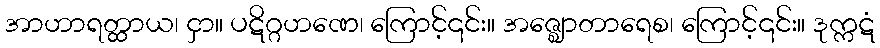
အာဟာရတ္ထာယ၊ ငှာ။ ပဋိဂ္ဂဟဏေ၊ ကြောင့်၎င်း။ အဇ္ဈောတာရေစ၊ ကြောင့်၎င်း။ ဒုက္ကဋံ